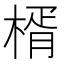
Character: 楈